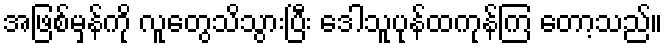
အဖြစ်မှန်ကို လူတွေသိသွားပြီး ဒေါသူပုန်ထကုန်ကြ တော့သည်။